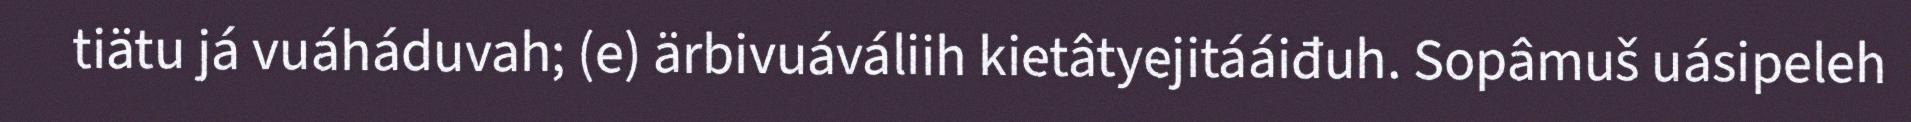
tiätu já vuáháduvah; (e) ärbivuáváliih kietâtyejitááiđuh. Sopâmuš uásipeleh